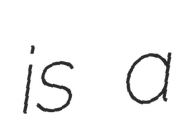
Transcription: is a